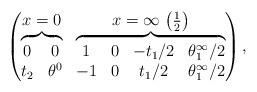
LaTeX: \begin{gather*}\left(\begin{matrix}x=0 & x=\infty \, \left( \frac12 \right)\\\overbrace{ \begin{matrix}0 & 0 \\t_2 & \theta^0\end{matrix}}&\overbrace{\begin{matrix}1 & 0 & -t_1/2 & \theta^\infty_1/2 \\-1 & 0 & t_1/2 & \theta^\infty_1/2\end{matrix}}\end{matrix}\right) ,\end{gather*}